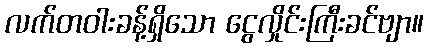
လက်တဝါးခန့်ရှိသော ငွေလှိုင်းကြီးခင်ဗျာ။